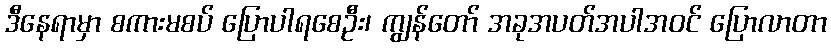
ဒီနေရာမှာ စကားမစပ် ပြောပါရစေဦး၊ ကျွန်တော် အခုအပတ်အပါအဝင် ပြောလာတာ